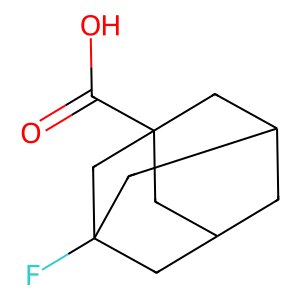
SMILES: O=C(O)C12CC3CC(CC(F)(C3)C1)C2
Inhibits HIV replication: No